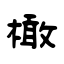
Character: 橄